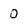
Character: 0